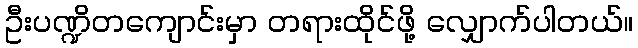
ဦးပဏ္ဍိတကျောင်းမှာ တရားထိုင်ဖို့ လျှောက်ပါတယ်။